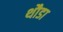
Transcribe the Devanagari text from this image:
थौडा